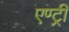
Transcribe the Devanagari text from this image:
एण्ट्री